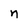
Character: n